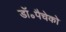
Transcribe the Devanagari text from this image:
डॉ॰पैचेको